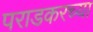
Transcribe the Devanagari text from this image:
पराडकरच्या